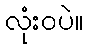
လုံးဝပဲ။